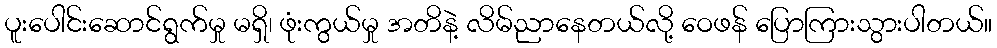
ပူးပေါင်းဆောင်ရွက်မှု မရှိ၊ ဖုံးကွယ်မှု အတိနဲ့ လိမ်ညာနေတယ်လို့ ဝေဖန် ပြောကြားသွားပါတယ်။